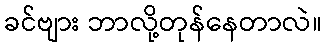
ခင်ဗျား ဘာလို့တုန်နေတာလဲ။